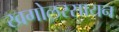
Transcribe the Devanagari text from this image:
खगोलरसायन